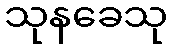
သုနခေသု